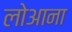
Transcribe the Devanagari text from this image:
लोआना